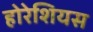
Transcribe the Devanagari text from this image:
होरेशियस